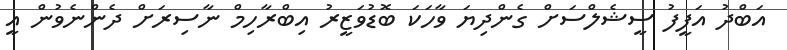
އަބްދު އަފީފު ސީޝެލްސަށް ގެންދިޔަ ވާހަކަ ބޮޑުވަޒީރު އިބްރާހިމް ނާސިރަށް ދެންނެވުން އީ